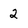
Character: 2